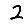
Digit: 2